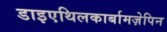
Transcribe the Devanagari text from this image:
डाइएथिलकार्बामज़ेपिन